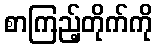
စာကြည့်တိုက်ကို